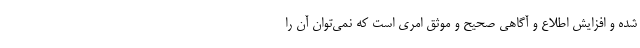
شده و افزایش اطلاع و آگاهی صحیح و موثق امری است که نمی‌توان آن را